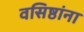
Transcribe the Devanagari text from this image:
वसिष्ठांना